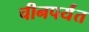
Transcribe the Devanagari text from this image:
चीनपर्यंत